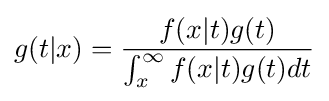
g(t|x)={\frac {f(x|t)g(t)}{\int _{x}^{\infty }f(x|t)g(t)dt}}